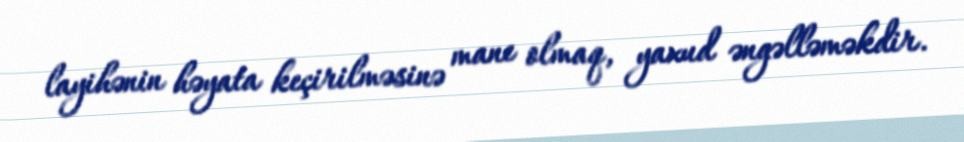
layihənin həyata keçirilməsinə mane olmaq, yaxud əngəlləməkdir.